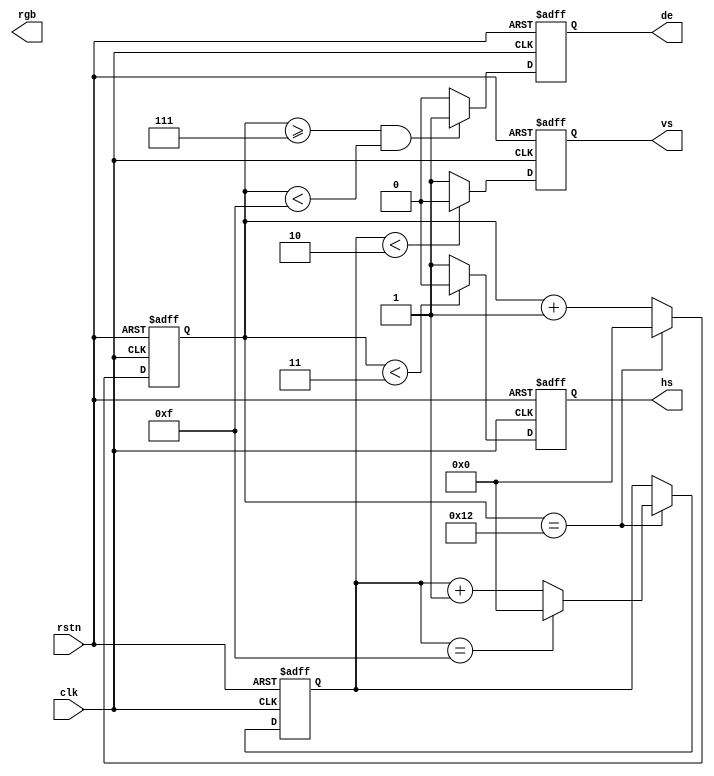
module video_time_gen(input clk,
					  input rstn,
					  
					  output hs,
					  output vs,
					  output de,
					  output [23:0] rgb
						);
`define HS_HVALID
`define VS_HVALID
localparam HORIZON_WIDTH = 'd12,VERTICAL_WIDTH = 'd12;
localparam HS_SYNC = 'd3,HS_BACK_PORCH = 'd4,HS_FRONT_PORCH = 'd3,
		   VS_SYNC = 'd2,VS_BACK_PORCH = 'd3,VS_FRONT_PORCH = 'd4,
		   HORIZON_VALID = 'd8,VERTICAL_VALID = 'd6;

wire [HORIZON_WIDTH -1 : 0] horizon_total;
assign horizon_total = HS_SYNC + HS_BACK_PORCH + HORIZON_VALID + HS_FRONT_PORCH;
wire [VERTICAL_WIDTH -1 : 0] vertical_total;
assign vertical_total = VS_SYNC + VS_BACK_PORCH + VERTICAL_VALID + VS_FRONT_PORCH;
////////////////////////////////////////////////////////////////////////////////////
reg [HORIZON_WIDTH -1 : 0] horizon_cnt;
always @(posedge clk or negedge rstn)
	if(!rstn)
		begin
		horizon_cnt <= 0;
		end
	else if(horizon_cnt == horizon_total)
			begin
			horizon_cnt <= 0;
			end
	else begin
		 horizon_cnt <= horizon_cnt + 1'b1;
		 end

reg [VERTICAL_WIDTH -1 : 0] vertical_cnt;
always @(posedge clk or negedge rstn)
	if(!rstn)
		begin
		vertical_cnt <= 0;
		end
	else if(horizon_cnt == horizon_total)
			begin
			if(vertical_cnt == vertical_total)
				begin
				vertical_cnt <= 0;
				end
			else vertical_cnt <= vertical_cnt + 1'b1;
			end
////////////////////////////////////////////////////////////////
//de generate
always @(posedge clk or negedge rstn)
	if(!rstn)
		begin
		de <= 0;
		end
	else if((horizon_cnt >= HS_SYNC + HS_BACK_PORCH)&&(horizon_cnt < HS_SYNC + HS_BACK_PORCH + HORIZON_VALID))
			begin
			de <= 1'b1;
			end
	else de <= 1'b0;
//hs generate
`ifdef HS_HVALID
always @(posedge clk or negedge rstn)
	if(!rstn)
		begin
		hs <= 0;
		end
	else if((horizon_cnt < HS_SYNC))
			begin
			hs <= 1'b0;
			end
	else hs <= 1'b1;
`endif
`ifdef HS_LVALID
always @(posedge clk or negedge rstn)
	if(!rstn)
		begin
		hs <= 0;
		end
	else if((horizon_cnt < HS_SYNC))
			begin
			hs <= 1'b1;
			end
	else hs <= 1'b0;
`endif
//vs generate
`ifdef VS_HVALID
always @(posedge clk or negedge rstn)
	if(!rstn)
		begin
		vs <= 0;
		end
	else if((vertical_cnt < VS_SYNC))
			begin
			vs <= 1'b0;
			end
	else vs <= 1'b1;
`endif
`ifdef VS_LVALID
always @(posedge clk or negedge rstn)
	if(!rstn)
		begin
		vs <= 0;
		end
	else if((vertical_cnt < VS_SYNC))
			begin
			vs <= 1'b1;
			end
	else vs <= 1'b0;
`endif
endmodule